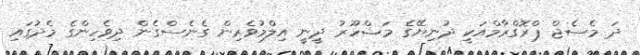
ދަ މެސެޖް ޕްރޮގްރާމްއަކީ ދުނިޔޭގެ މަޝްހޫރު ދީނީ އިލްމުވެރިން ގެނެސްގެން ދިވެހިންގެ މެދުގައި